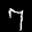
Label: 7